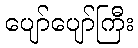
ပျော်ပျော်ကြီး